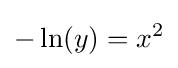
-\ln(y)=x^{2}